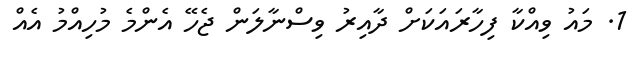
1. މައު ވިއްކާ ފިހާރައަކަށް ދާއިރު ވިސްނާލަން ޖެހޭ އެންމެ މުހިއްމު އެއް